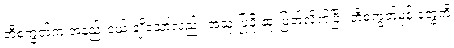
ဘီစကွတ်က အနည်းငယ် ချိုသော်လည်း အသုံးပြုဖို့ ဆုံးဖြတ်လိုက်ပြီး ဘီစကွတ်မုန့် တွေကို